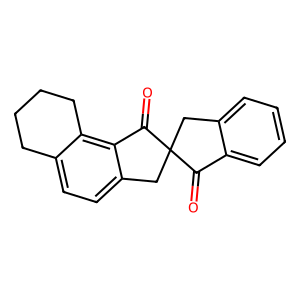
SMILES: O=C1c2ccccc2CC12Cc1ccc3c(c1C2=O)CCCC3
Inhibits HIV replication: No